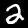
Label: 2